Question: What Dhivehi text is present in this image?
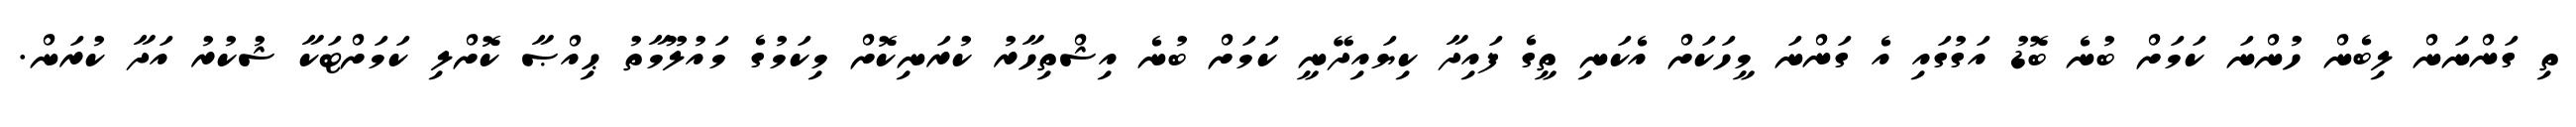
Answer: ތި ގަންނަން ލިބެން ހުންނަ ކަމަށް ބުނެ ބޮޑު އަގުގައި އެ ގަންނަ މީހަކަށް އެކަނި ތީގެ ފައިދާ ކިޔައިދޭނީ ކަމަށް ބުނެ އިޝްތިހާރު ކުރަނިކޮށް މިކަމުގެ މައުލޫމާތު ޙިއްޞާ ކޮށްލި ކަމަށްޓަކާ ޝުކުރު އަދާ ކުރަން.